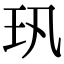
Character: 㺬